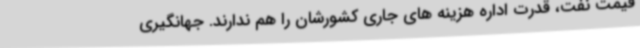
قیمت نفت، قدرت اداره هزینه های جاری کشورشان را هم ندارند. جهانگیری